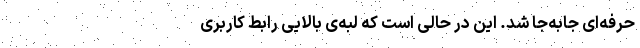
حرفه‌ای جابه‌جا شد. این‌ در ‌حالی است ‌که لبه‌ی بالایی رابط کاربری